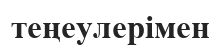
теңеулерімен